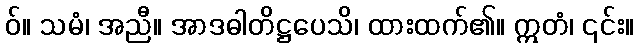
ဝ်။ သမံ၊ အညီ။ အာဒဓါတိဋ္ဌပေသိ၊ ထားထက်၏။ ဣတံ၊ ၎င်း။